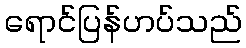
ရောင်ပြန်ဟပ်သည်